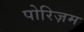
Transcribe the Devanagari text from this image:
पोरिज़म